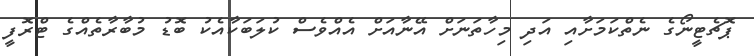
ޕޮޗެޓީނޯގެ ނެތްކަމަށާއި އަދި މިހާތަނަށް އޭނާއަށް އެއްވެސް ކުލަބަކާއެކު ބޮޑު މުބާރާތެއްގެ ޓްރޮފީ